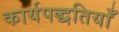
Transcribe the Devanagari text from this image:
कार्यपद्धतियाँ